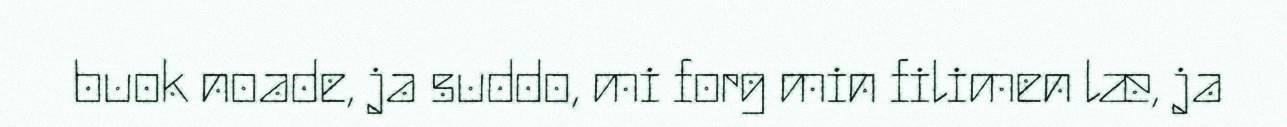
buok noade, ja suddo, mi forg min filimen læ, ja